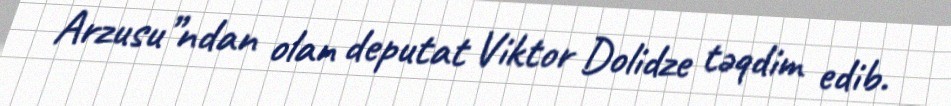
Arzusu”ndan olan deputat Viktor Dolidze təqdim edib.